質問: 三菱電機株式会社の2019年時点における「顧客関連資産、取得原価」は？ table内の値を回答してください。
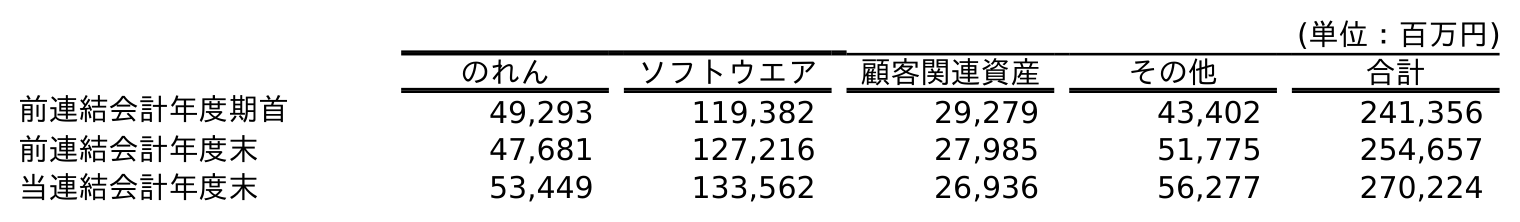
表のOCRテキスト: (単位：百万円) のれん ソフトウエア 顧客関連資産 その他 合計 前連結会計年度期首 49,293 119,382 29,279 43,402 241,356 前連結会計年度末 47,681 127,216 27,985 51,775 254,657 当連結会計年度末 53,449 133,562 26,936 56,277 270,224
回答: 27,985